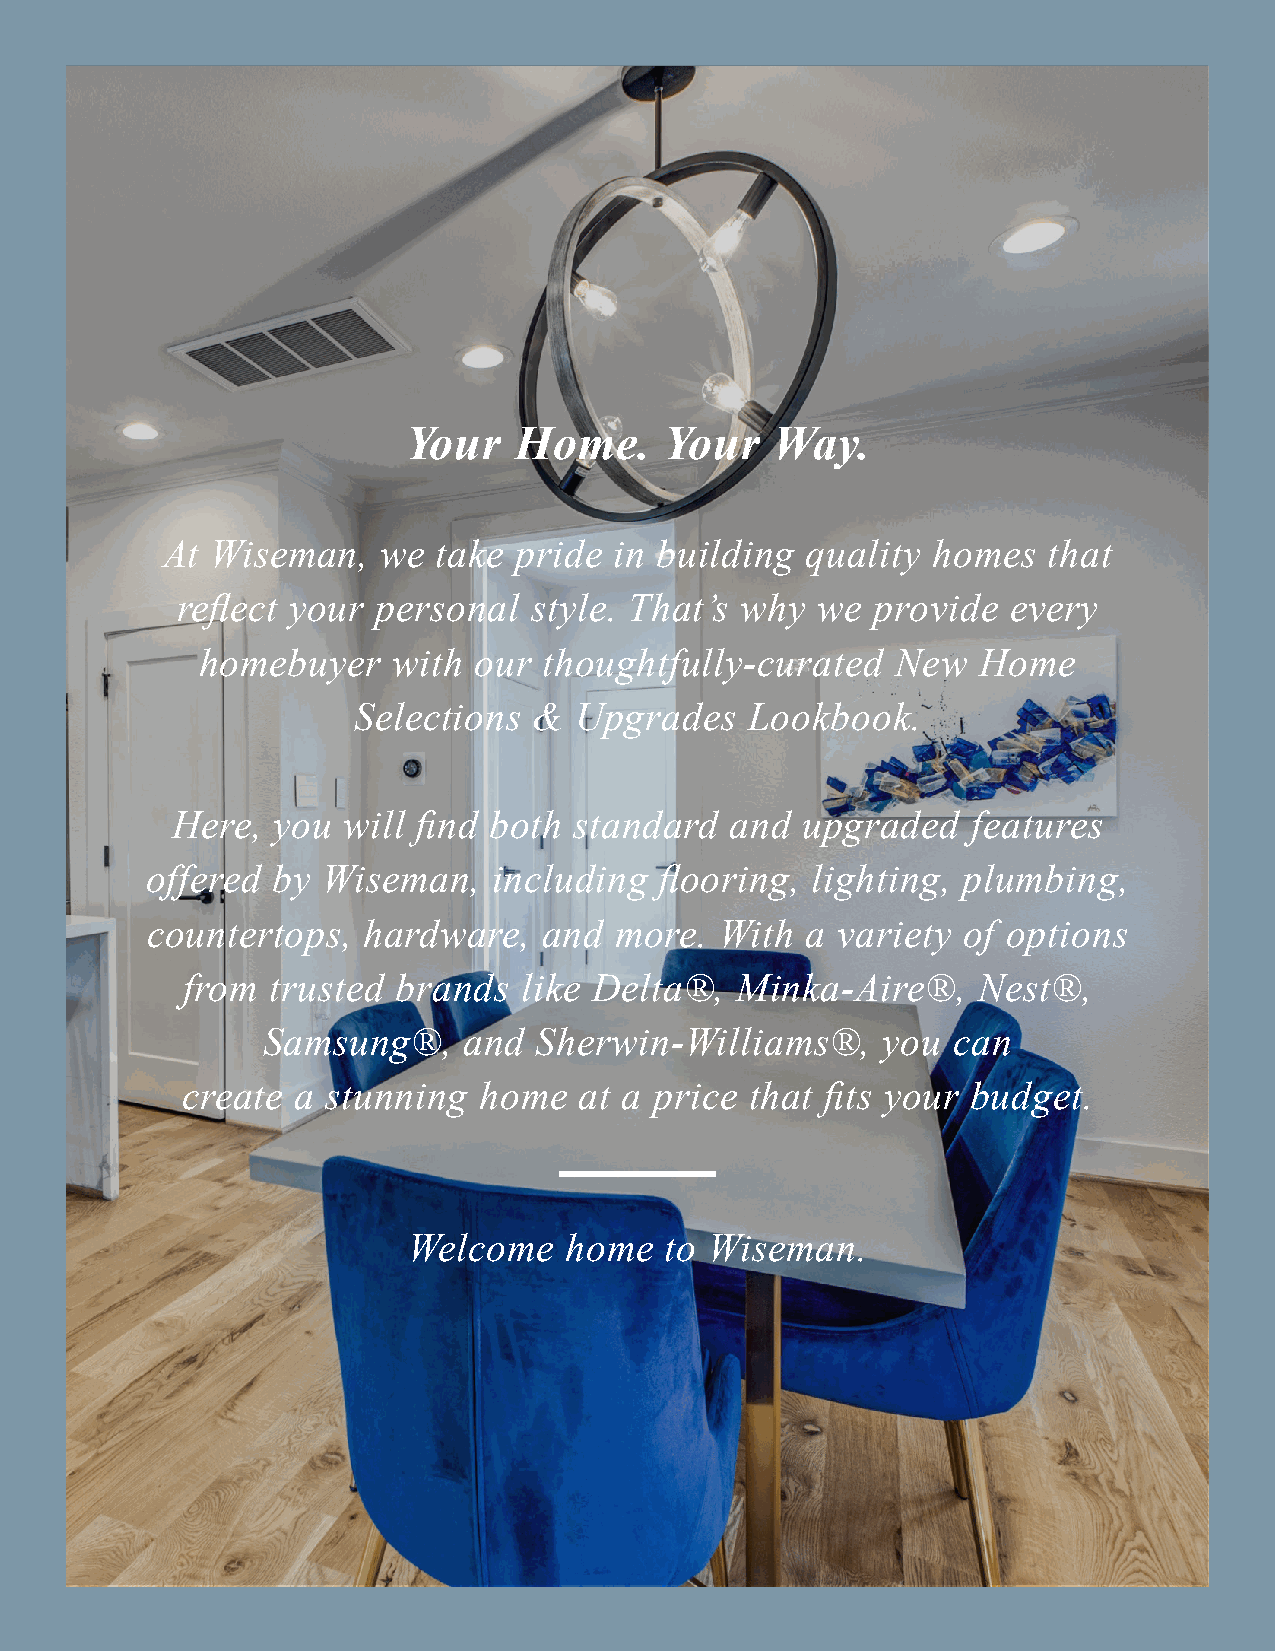
Your   Home.     Your   Way.
 At Wiseman,   we  take pride  in building quality  homes  that
 reflect your personal  style. That’s why  we  provide  every
 homebuyer    with our  thoughtfully-curated   New   Home
 Selections  &  Upgrades    Lookbook.
 Here,  you  will find both standard  and  upgraded   features
 offered by Wiseman,    including  flooring, lighting, plumbing,
 countertops,  hardware,   and  more.  With a variety  of options
 from  trusted brands   like Delta®,  Minka-Aire®,    Nest®,
 Samsung®,     and  Sherwin-Williams®,    you  can
 create  a stunning  home  at a price  that fits your budget.
 Welcome   home   to Wiseman.